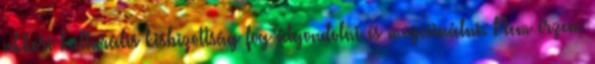
akkori kulturális kisbizottság fog átgondolni és megcsinálni. Nem érzem